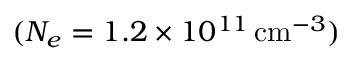
( N _ { e } = 1 . 2 \times 1 0 ^ { 1 1 } \, \mathrm { c m } ^ { - 3 } )